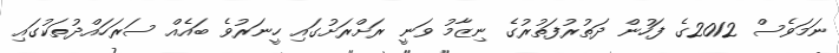
ނަމަވެސް 2012ގެ ފަހުން ދަތުރުފަތުރުގެ ނިޒާމު ވަނީ ރަށްރަށުގައި ހީނަރުވެ ބައެއް ސަރަހައްދުތަކުގައި